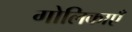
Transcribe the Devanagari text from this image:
गोलिकाएँ